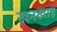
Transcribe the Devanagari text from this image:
खनखाह